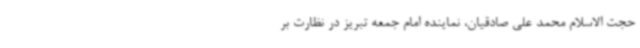
حجت الاسلام محمد علی صادقیان، نماینده امام جمعه تبریز در نظارت بر